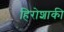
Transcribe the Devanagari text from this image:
हिरोशाकी